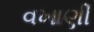
વખાણી